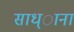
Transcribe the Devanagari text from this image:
साध्ाना